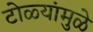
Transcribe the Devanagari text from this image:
टोळ्यांमुळे